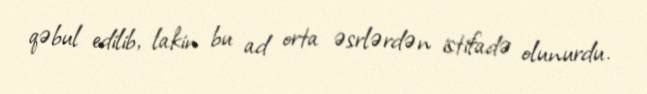
qəbul edilib, lakin bu ad orta əsrlərdən istifadə olunurdu.